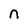
Character: n